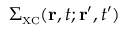
\Sigma _ { \scriptscriptstyle \mathrm { X C } } ( { \bf r } , t ; { \bf r } ^ { \prime } , t ^ { \prime } )